Medical and sanitary report of the native army of Bengal for the year
Year: 1874
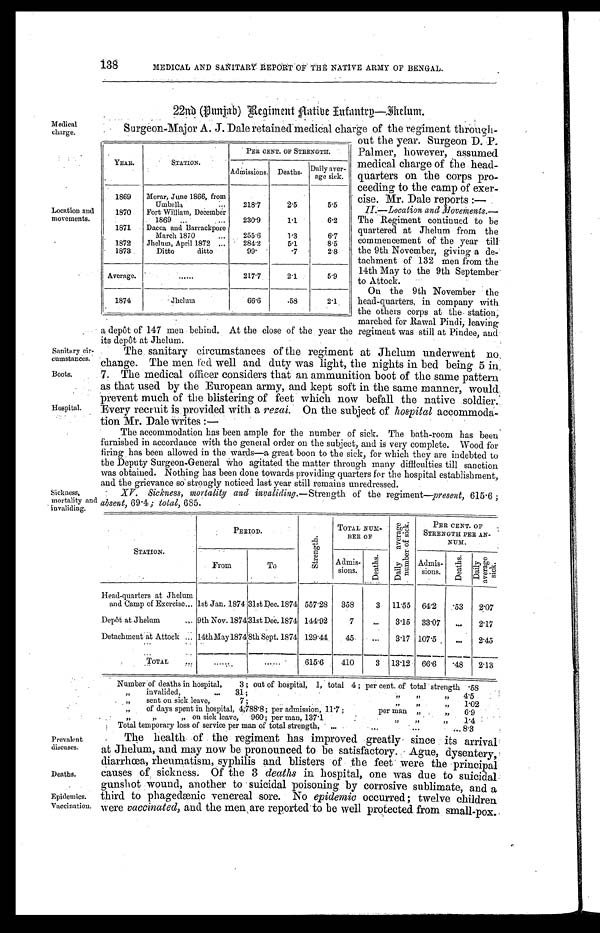
138
MEDICAL AND SANITARY REPORT OF THE NATIVE ARMY OF BENGAL.
22nd (Punjab) Regiment Native Infantry—Jhelum.
Medical
charge.
Location and
movements.
Sanitary cir
-
cumstances.
Boots.
Hospital.
Surgeon-Major A. J. Daleretained medical charge of the regiment throug
out the year. Surgeon D. P.
Palmer, however, assumed
medical charge of the head-
quarters on the corps pro
-
ceeding to the camp of exer
-
cise. Mr. Dale reports:—
II.—Location and Movements.—
The Regiment continued to be
quartered at Jhelum from the
commencement of the year till
the 9th November, giving a de
-
tachment of 132 men from the
14th May to the 9th September
to Attock.
On the 9th November the
head-quarters, in company with
the others corps at the station
,
marched for Rawal Pindi, leaving
a depôt of 147 men behind. At the close of the year the regiment was still at Pindee, and
its depôt at Jhelum.
The sanitary circumstances of the regiment at Jhelum underwent no
change. The men fed well and duty was light, the nights in bed being 5 in
7. The medical officer considers that an ammunition boot of the same pattern
as that used by the European army, and kept soft in the same manner, would
prevent much of the blistering of feet which now befall the native soldier.
Every recruit is provided with a rezai. On the subject of hospital accommoda
-
tion. Mr. Dale writes:—
The accommodation has been ample for the number of sick. The bath-room has been
furnished in accordance with the general order on the subject, and is very complete. Wood for
firing has been allowed in the wards—a great boon to the sick, for which they are indebted to
the Deputy Surgeon-General who agitated the matter through many difficulties till sanction
was obtained. Nothing has been done towards providing quarters for the hospital establishment,
and the grievance so strongly noticed last year still remains unredressed.
YEAR.
STATION.
PER CENT. OF STRENGTH.
Admissions. Deaths.
Daily aver
-
age sick.
1869
Morar, June 1866, from
Umballa . . .
218.7
2.5
5.5
1870
Fort William, December
1869 . . .
230.9
1.1
6.2
1871
Dacca and Barrackpore
March 1870 . . .
255.6
1.3
6.7
1872
Jhelum, April 1872 . . .
284.2
5.1
8.5
1873
Ditto ditto
9 9 .
. 7
2.8
Average.
. . .
217.7
2.1
5.9
1874
Jhelum
66.6
.58
2.1
Sickness.
mortality and
invaliding.
Prevalent
diseases.
Deaths.
Epidemics.
Vaccination.
XV. Sickness, mortality and invaliding .—Strength of the regiment—present, 615.6;
absent, 69.4; total, 685.
STATION.
PERIOD.
S t r e n g t h .
TOTAL NUM-
BE R OF
D a i l y a v e r a g e n u m b e r o f s i c k .
PER CENT. OF
STRENGTH PER AN-
NUM.
From
To
Admis-
sions.
D e a t h s .
Admi s-si ons.
D e a t h s .
D a i l y a v e r a g e s i c k .
Head-quarters at Jhelum
and Camp of Exercise . . . 1st Jan. 1874 31st Dec. 1874 557.28
358
3
11.55
64.2
.53
2.07
Depôt at Jhelum . . . 9th Nov. 1874 31st Dec. 1874 144.92
7
. . .
3.15
33.07
. . .
2.17
Detachment at Attock . . . 14th May1874 8th Sept. 1874 129.44
45
. . .
3.17 107.5
. . .
2.45
TOTAL . . .
. . .
. . . 615.6
410
3
13.12
66.6
.48
2.13
Number of deaths in hospital, 3; out of hospital, 1, total 4; per cent. of total strength .58
" i n v a l i d e d , . . . 3 1 ; " " "
4.5
" sent on sick leave, 7; " " "
1.02
" of days spent in hospital, 4,788.8; per admission, 11.7; per man " "
6.9
" " " on sick leave, 960; per man, 137.1 " " "
1.4
Total temporary loss of service per man of total strength, . . . 8.3
The health of the regiment has improved greatly since its arrival
at Jhelum, and may now be pronounced to be satisfactory. Ague, dysentery,
diarrhœa, rheumatism, syphilis and blisters of the feet were the principal
causes of sickness. Of the 3 deaths in hospital, one was due to suicidal
gunshot wound, another to suicidal poisoning by corrosive sublimate, and a
third to phagedænic venereal sore. No epidemic occurred; twelve children
were vaccinated, and the men are reported to be well protected from small-pox.